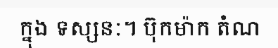
ក្នុង ទស្សនៈ។ ប៊ុកម៉ាក តំណ